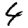
Digit: 4